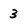
Character: 3